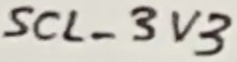
Text: SCL_3V3